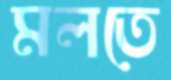
মলতে